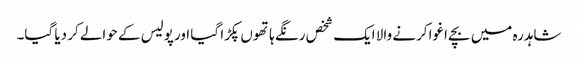
شاہدرہ میں بچے اغوا کرنے والا ایک شخص رنگے ہاتھوں پکڑا گیا اور پولیس کے حوالے کر دیا گیا۔